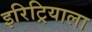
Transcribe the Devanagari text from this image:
इरिट्रियाला